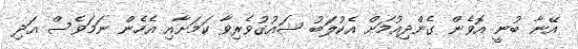
އޭނާ ބުނީ އޮވެން ގެންދިއުމަށް އެކުލަބު ޝައުގުވެރިވާ ކަމަށާއި އެހެން ނަމަވެސް އަދި